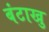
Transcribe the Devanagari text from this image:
बंटाखु